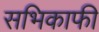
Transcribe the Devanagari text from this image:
सभिकाफी